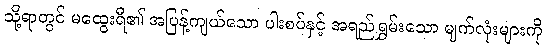
သို့ရာတွင် မထွေးရီ၏ အပြန့်ကျယ်သော ပါးစပ်နှင့် အရည်ရွှမ်းသော မျက်လုံးများကို